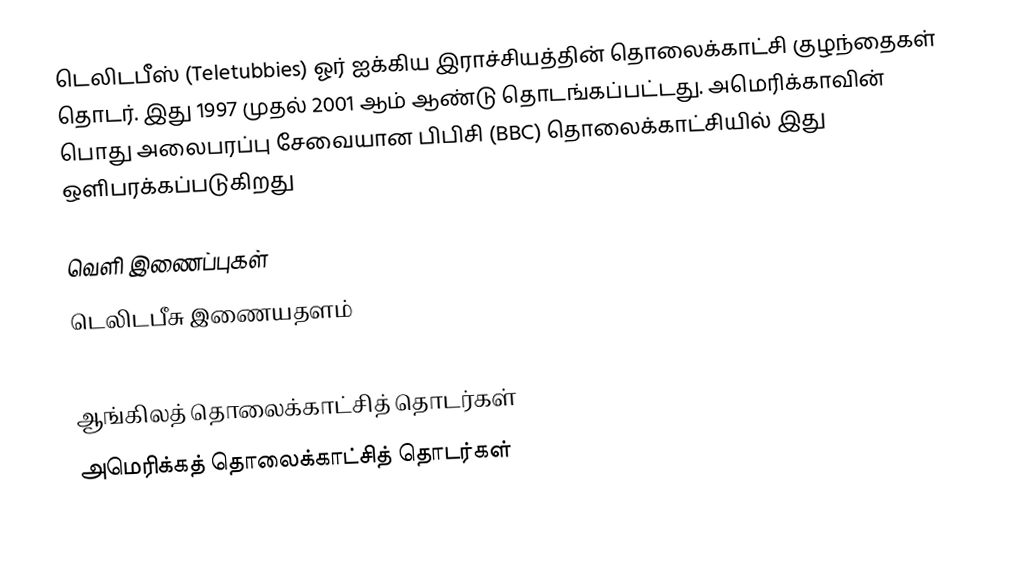
டெலிடபீஸ் (Teletubbies) ஓர் ஐக்கிய இராச்சியத்தின் தொலைக்காட்சி குழந்தைகள் தொடர். இது 1997 முதல் 2001 ஆம் ஆண்டு தொடங்கப்பட்டது. அமெரிக்காவின் பொது அலைபரப்பு சேவையான பிபிசி (BBC) தொலைக்காட்சியில் இது ஒளிபரக்கப்படுகிறது

வெளி இணைப்புகள்
 டெலிடபீசு இணையதளம்

ஆங்கிலத் தொலைக்காட்சித் தொடர்கள்
அமெரிக்கத் தொலைக்காட்சித் தொடர்கள்